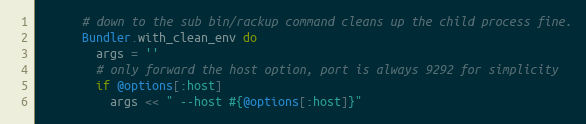
Language: Ruby
      # down to the sub bin/rackup command cleans up the child process fine.
      Bundler.with_clean_env do
        args = ''
        # only forward the host option, port is always 9292 for simplicity
        if @options[:host]
          args << " --host #{@options[:host]}"